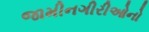
જામીનગીરીઓનો